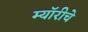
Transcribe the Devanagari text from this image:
म्यॉरीचे